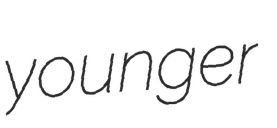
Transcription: younger